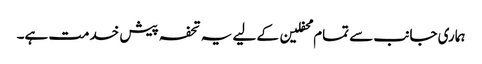
ہماری جانب سے تمام محفلین کے لیے یہ تحفہ پیش خدمت ہے۔